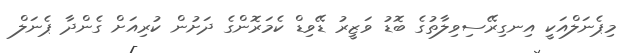
މިޕެނަލްއަކީ އިނގިރޭސިވިލާތުގެ ބޮޑު ވަޒީރު ޑޭވިޑް ކެމަރޮންގެ ދަށުން ކުރިއަށް ގެންދާ ޕެނަލް